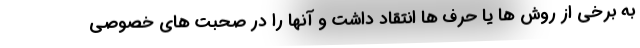
به برخی از روش ها یا حرف ها انتقاد داشت و آنها را در صحبت های خصوصی